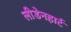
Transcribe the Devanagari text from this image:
लीडेनहार्ट